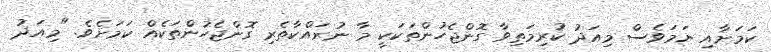
ކަމަށާއި ނަމަވެސް މިއަދު ކުރިމަތިވާ ގޮންޖެހުންތަކަކީ މާ ނުރައްކާތެރި ގޮންޖެހުންތަކެއް ކަމަށެވެ. "މިއަދު